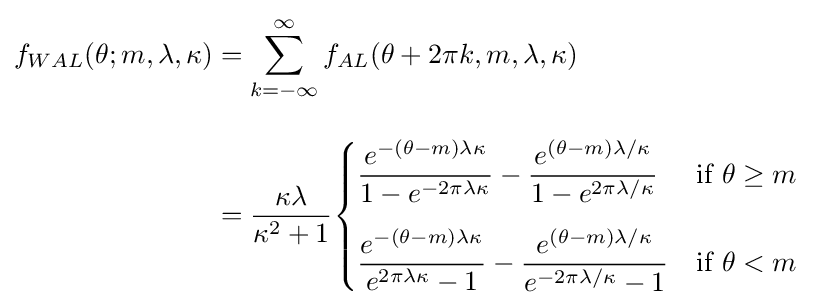
{\begin{aligned}f_{WAL}(\theta ;m,\lambda ,\kappa )&=\sum _{k=-\infty }^{\infty }f_{AL}(\theta +2\pi k,m,\lambda ,\kappa )\\[10pt]&={\dfrac {\kappa \lambda }{\kappa ^{2}+1}}{\begin{cases}{\dfrac {e^{-(\theta -m)\lambda \kappa }}{1-e^{-2\pi \lambda \kappa }}}-{\dfrac {e^{(\theta -m)\lambda /\kappa }}{1-e^{2\pi \lambda /\kappa }}}&{\text{if }}\theta \geq m\\[12pt]{\dfrac {e^{-(\theta -m)\lambda \kappa }}{e^{2\pi \lambda \kappa }-1}}-{\dfrac {e^{(\theta -m)\lambda /\kappa }}{e^{-2\pi \lambda /\kappa }-1}}&{\text{if }}\theta <m\end{cases}}\end{aligned}}